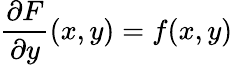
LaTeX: {\frac{\partial F}{\partial y}}(x,y)=f(x,y)